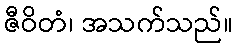
ဇီဝိတံ၊ အသက်သည်။